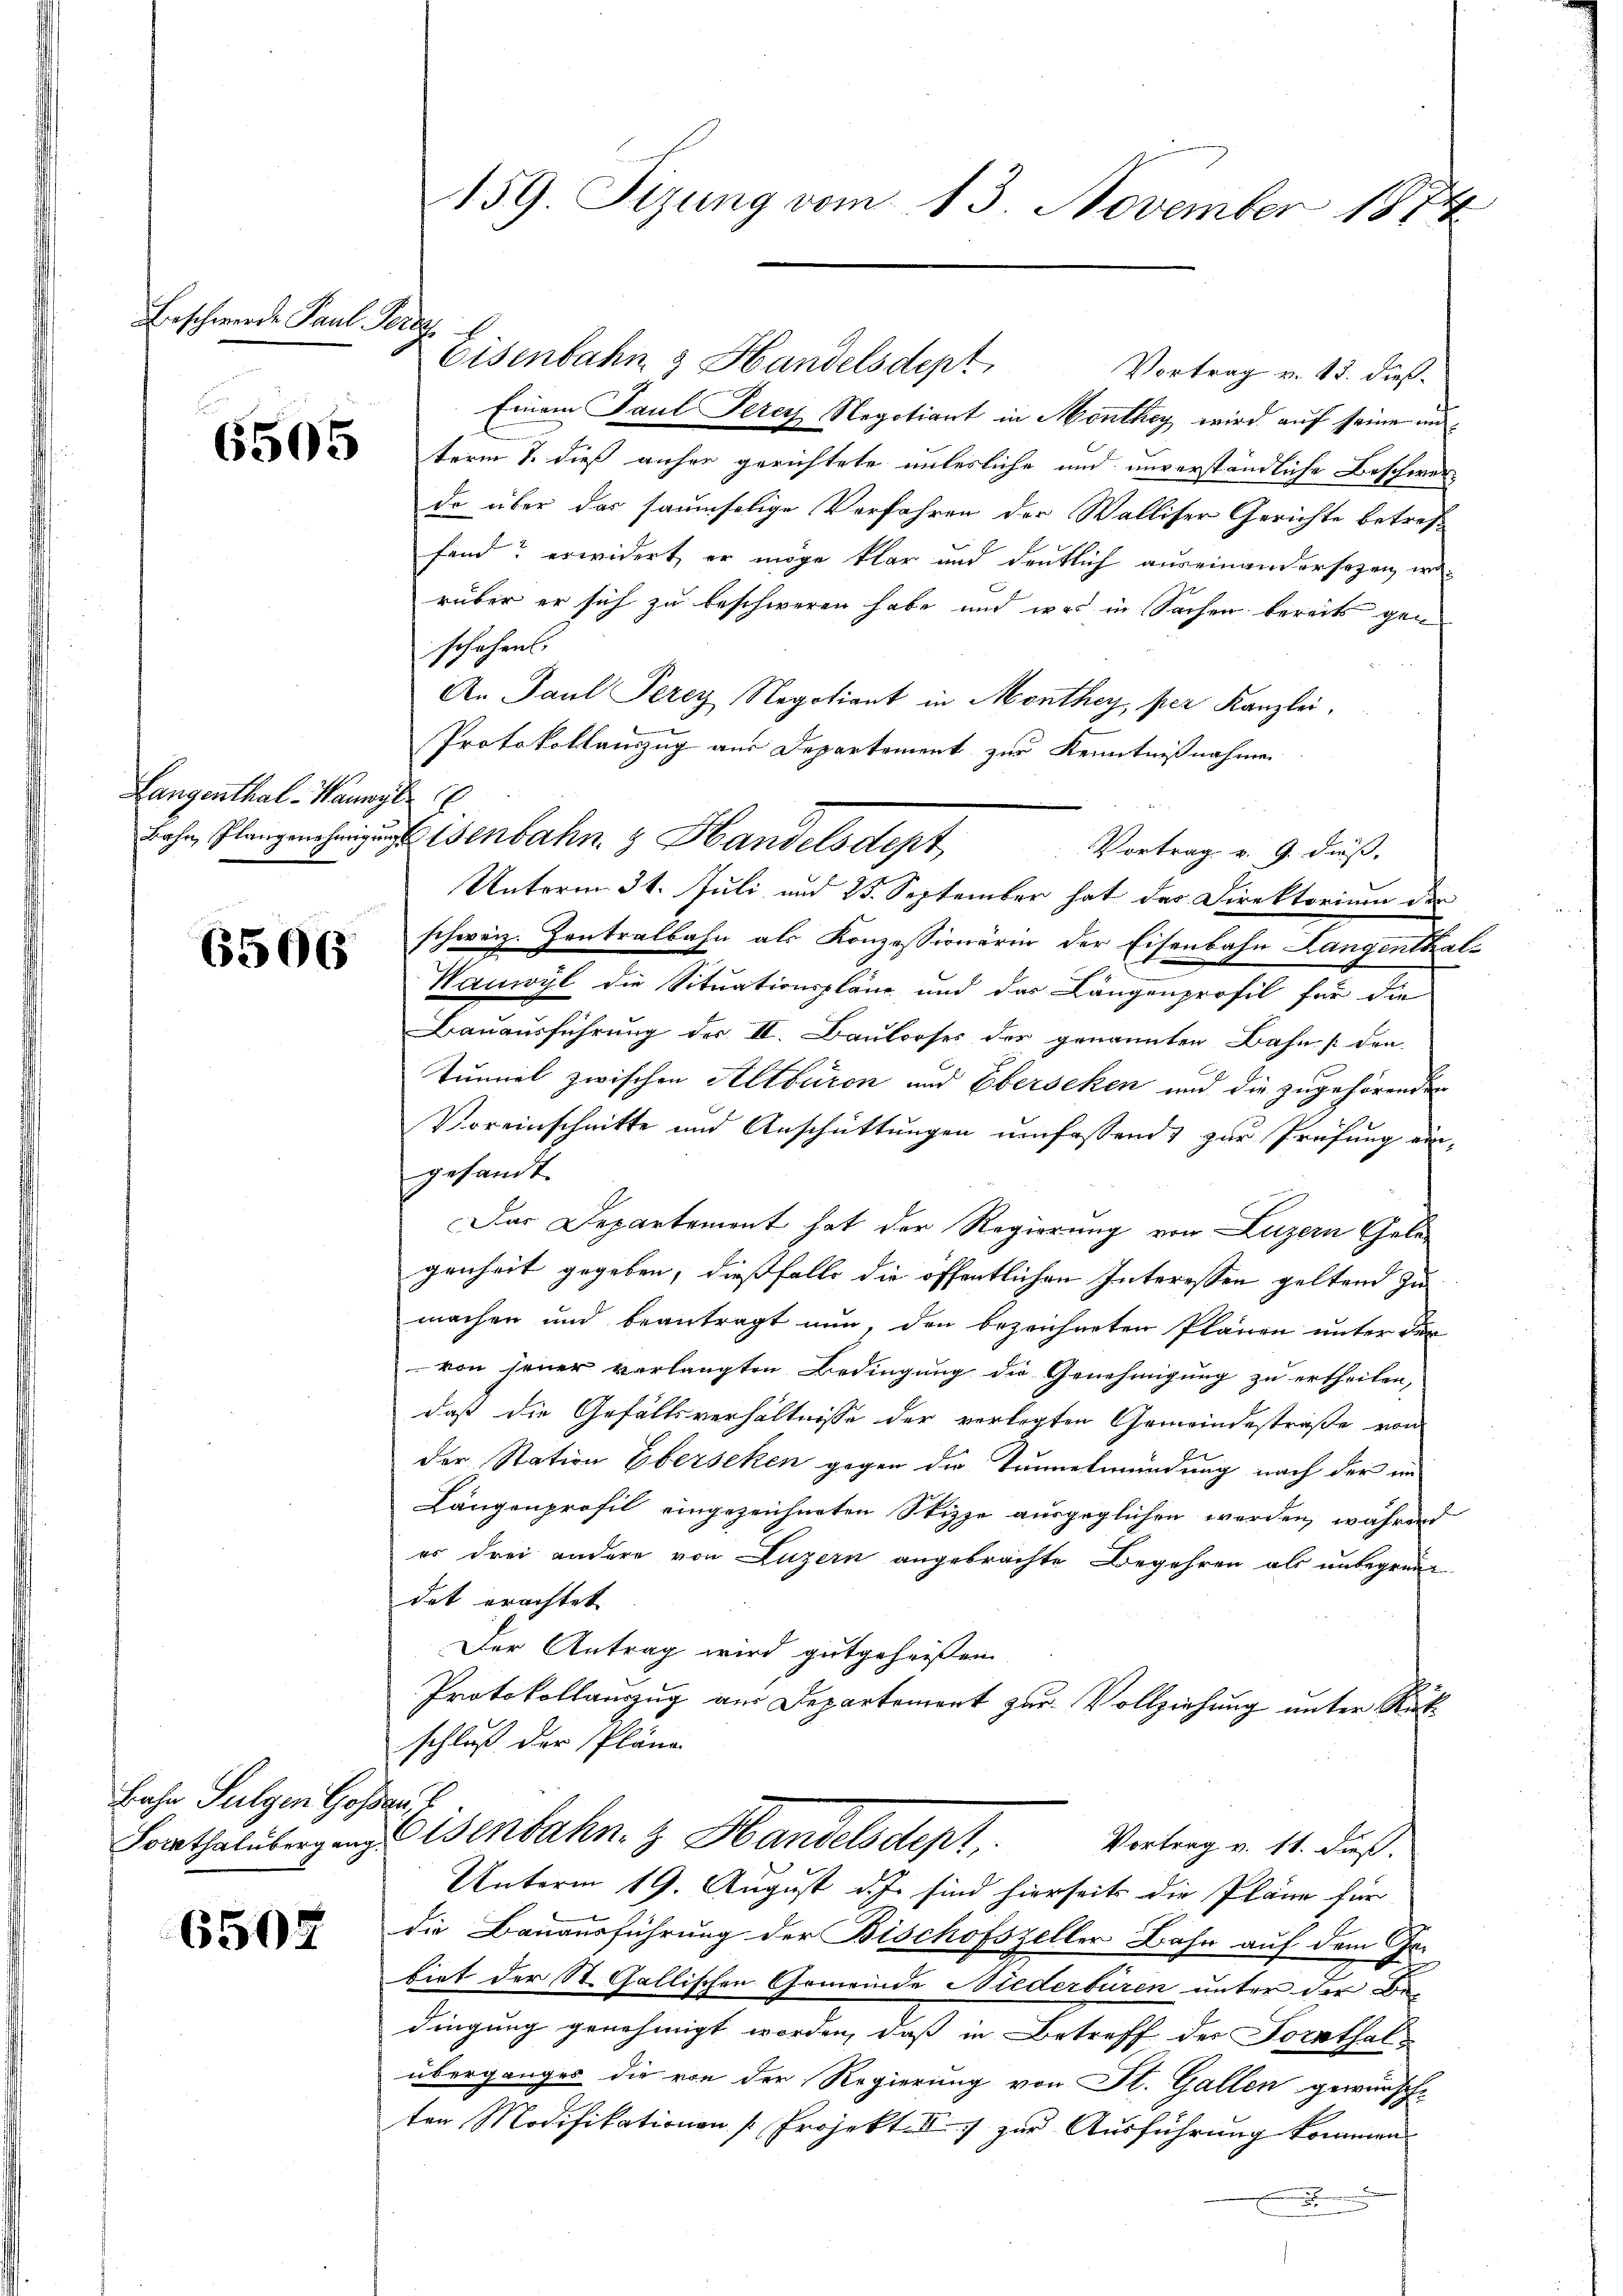
Beschwerde Paul Graz

6505

6506

Bahn Sulgen Gossar,
Sornthalbergang

6505

Langenthal-Hauwyl

159. Sizung vom 13. November 1874

Eisenbahn & Handelsdept
Vortrag v. 18. dieß
Einem Paul Pere Negotion in Monthey wird auf seine unterm 7. dieß anher gerichtete unterliche und unverständliche Beschwerdo über das saumselige Verfahren der Walliser Gerichte betreff
find? erwidert, er möge klar und deutlich auseinandersezen, worüber er sich zu beschweren habe, und was in Sachen bereits gen
schehen.
An Paul Perey Negotiant in Monthey, per Kanzlei,
b
Protokollauszug aus Departement zur Kenntnißnahme
Bahn, Plangenehmigungenbahn & Handelsdept
Vortrag v. 9. daß,
Unterm 31. Juli und 25. September hat der Direktorium der
schweiz. Kontralbahn als Konzessionärin der Eisenbahn Langenthal¬
Wanwyl die Situationspläne und das Längenprofil für die
Bauausführung des II. Baulooses der genannten Bahn [den
Tumiel zwischen Altburen und Ebersehen und die zugehörenden
Voreinschnitte und Anschüttungen umfassends zur Prüfung eingesandt.
Das Departement hat der Regierung von Luzern Gelegenheit gegeben, dießfalls die öffentlichen Interessen geltend zu
machen und beantragt nun, den bezeichneten Plänen unter der
 von jener verlangten Bedingung die Genehmigung zu ertheilen,
daß die Gefällsverhältnisse der verlegten Gemeindestraße von
der Station Eberseken gegen die Tennetmündung nach der in
Längenprofil eingezeichneten Skizze ausgeglichen werden, während
es drei andere von Luzern angebrachte Begehren als unbegrün
det erachtet
Der Antrag wird gutgeheißen.
Protokollauszug aus Departement zur Vollziehung unter Rückschluß der Pläne
Bisenbahn. z. Handelsdept. Vortrag v. 11. daß
Unterm 19. August d. J. sind hierseits die Pläne für
A
die Bauausführung der Bischofszeller Bahn auf dem Gebiet der St. Gallischen Gemeinde Niederbüren unter der Bedingung genehmigt worden, daß in Betreff des Tornthalüberganges die von der Regierung von St. Gallen gewünsch-
ten Modifikationen [Projekt. I. zur Ausführung kommen.
.